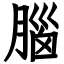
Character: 腦